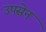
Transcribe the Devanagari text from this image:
उपसेन